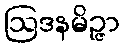
ဩဒနမိဉ္ဇာ